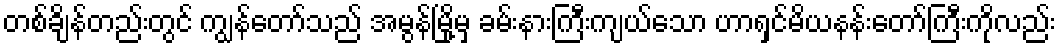
တစ်ချိန်တည်းတွင် ကျွန်တော်သည် အမွန်မြို့မှ ခမ်းနားကြီးကျယ်သော ဟာရှင်မိယနန်းတော်ကြီးကိုလည်း